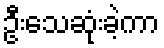
ဦးသေဆုံးခဲ့ကာ